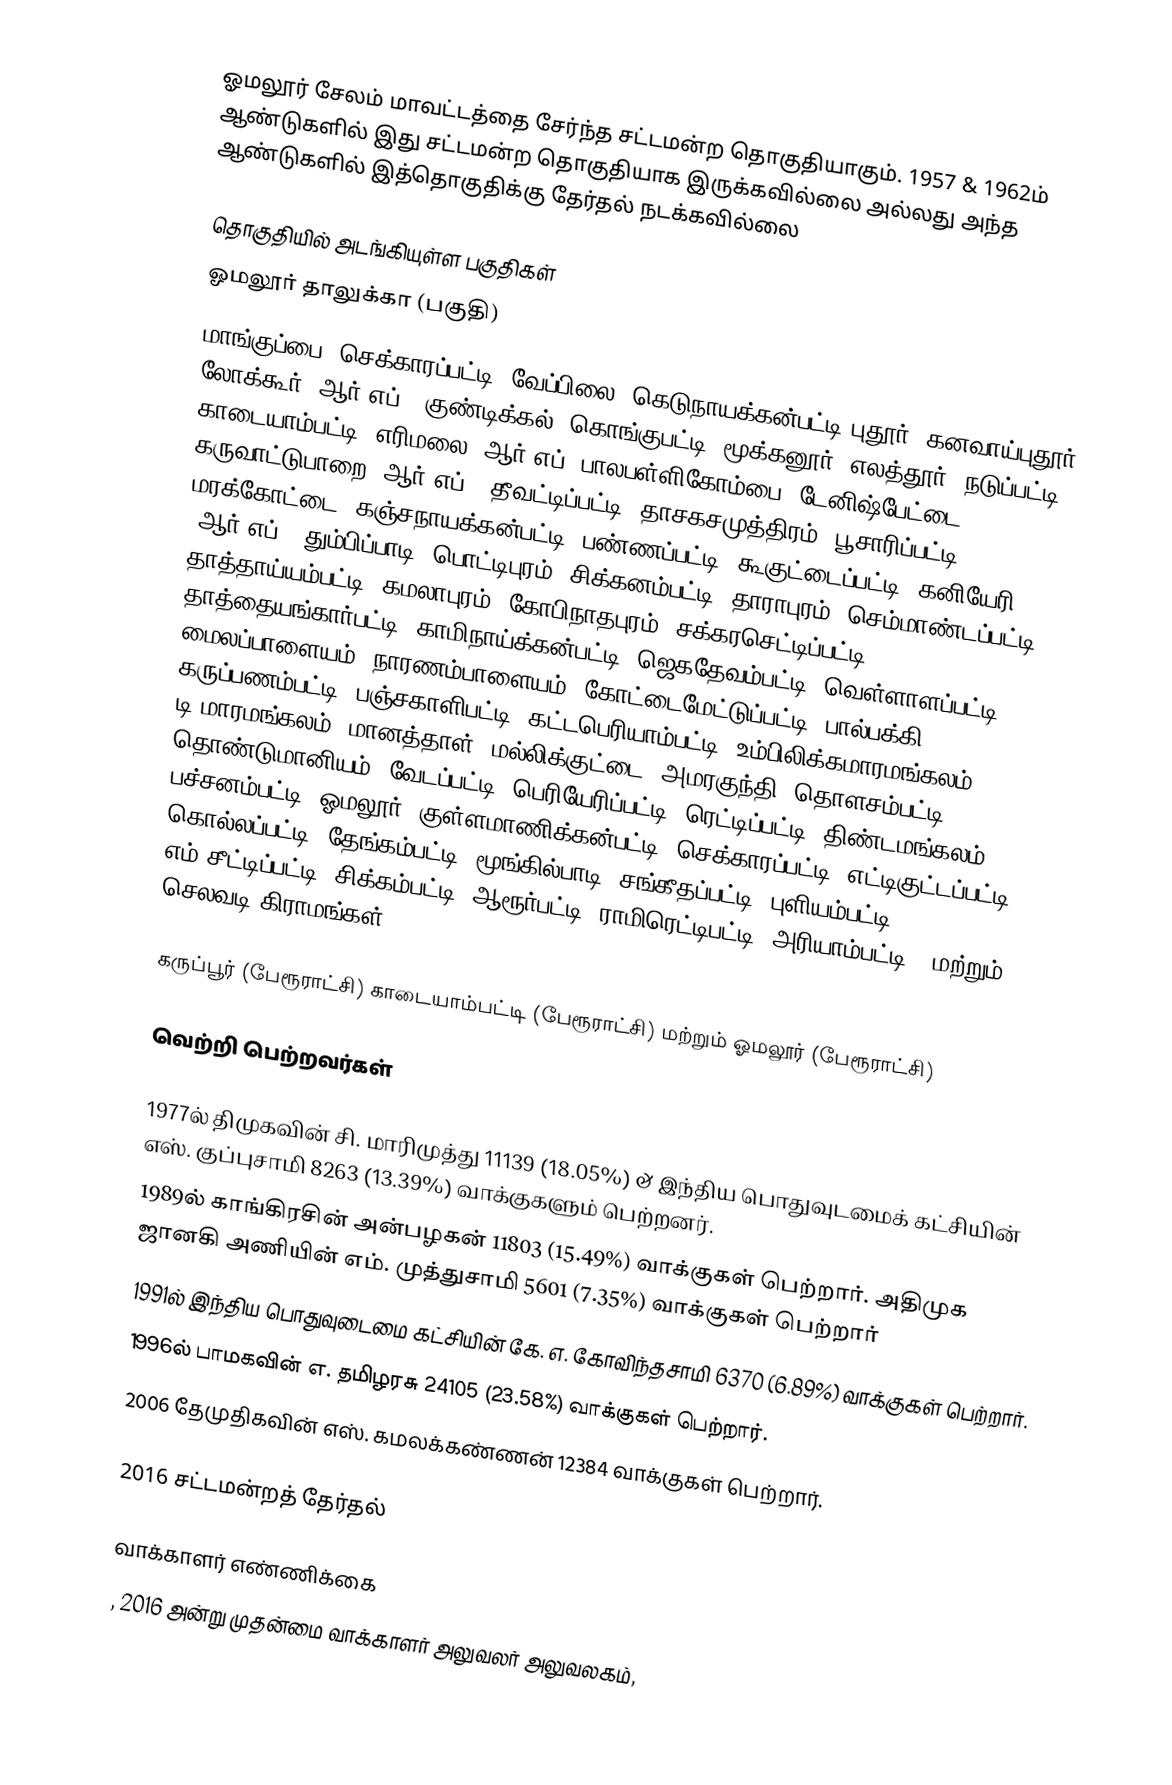
ஓமலூர் சேலம் மாவட்டத்தை சேர்ந்த சட்டமன்ற தொகுதியாகும். 1957 & 1962ம் ஆண்டுகளில் இது சட்டமன்ற தொகுதியாக இருக்கவில்லை அல்லது அந்த ஆண்டுகளில் இத்தொகுதிக்கு தேர்தல் நடக்கவில்லை

தொகுதியில் அடங்கியுள்ள பகுதிகள்
ஓமலூர் தாலுக்கா (பகுதி)
மாங்குப்பை. செக்காரப்பட்டி, வேப்பிலை, கெடுநாயக்கன்பட்டி புதூர், கனவாய்புதூர், லோக்கூர் (ஆர்.எப்), குண்டிக்கல், கொங்குபட்டி, மூக்கனூர், எலத்தூர், நடுப்பட்டி, காடையாம்பட்டி, எரிமலை (ஆர்.எப்) பாலபள்ளிகோம்பை, டேனிஷ்பேட்டை, கருவாட்டுபாறை (ஆர்.எப்), தீவட்டிப்பட்டி, தாசகசமுத்திரம், பூசாரிப்பட்டி, மரக்கோட்டை, கஞ்சநாயக்கன்பட்டி, பண்ணப்பட்டி, கூகுட்டைப்பட்டி, கனியேரி (ஆர்.எப்), தும்பிப்பாடி, பொட்டிபுரம், சிக்கனம்பட்டி, தாராபுரம், செம்மாண்டப்பட்டி, தாத்தாய்யம்பட்டி, கமலாபுரம், கோபிநாதபுரம், சக்கரசெட்டிப்பட்டி, தாத்தையங்கார்பட்டி, காமிநாய்க்கன்பட்டி, ஜெகதேவம்பட்டி, வெள்ளாளப்பட்டி, மைலப்பாளையம், நாரணம்பாளையம், கோட்டைமேட்டுப்பட்டி, பால்பக்கி, கருப்பணம்பட்டி, பஞ்சகாளிபட்டி, கட்டபெரியாம்பட்டி, உம்பிலிக்கமாரமங்கலம், டி.மாரமங்கலம், மானத்தாள், மல்லிக்குட்டை, அமரகுந்தி, தொளசம்பட்டி, தொண்டுமானியம், வேடப்பட்டி, பெரியேரிப்பட்டி, ரெட்டிப்பட்டி, திண்டமங்கலம், பச்சனம்பட்டி, ஓமலூர், குள்ளமாணிக்கன்பட்டி, செக்காரப்பட்டி, எட்டிகுட்டப்பட்டி, கொல்லப்பட்டி, தேங்கம்பட்டி, மூங்கில்பாடி, சங்கீதப்பட்டி, புளியம்பட்டி, எம்.சீட்டிப்பட்டி, சிக்கம்பட்டி, ஆரூர்பட்டி, ராமிரெட்டிபட்டி, அரியாம்பட்டி,) மற்றும் செலவடி கிராமங்கள்.

கருப்பூர் (பேரூராட்சி) காடையாம்பட்டி (பேரூராட்சி) மற்றும் ஓமலூர் (பேரூராட்சி)

வெற்றி பெற்றவர்கள்

1977ல் திமுகவின் சி. மாரிமுத்து 11139 (18.05%) & இந்திய பொதுவுடமைக் கட்சியின் எஸ். குப்புசாமி 8263 (13.39%) வாக்குகளும் பெற்றனர்.
1989ல் காங்கிரசின் அன்பழகன்   11803 (15.49%) வாக்குகள் பெற்றார். அதிமுக ஜானகி அணியின் எம். முத்துசாமி 5601 (7.35%) வாக்குகள் பெற்றார்
1991ல் இந்திய பொதுவுடைமை கட்சியின் கே. எ. கோவிந்தசாமி 6370 (6.89%) வாக்குகள் பெற்றார்.
1996ல் பாமகவின் எ. தமிழரசு 24105 (23.58%) வாக்குகள் பெற்றார்.
2006 தேமுதிகவின் எஸ். கமலக்கண்ணன் 12384 வாக்குகள் பெற்றார்.

2016 சட்டமன்றத் தேர்தல்

வாக்காளர் எண்ணிக்கை
, 2016 அன்று முதன்மை வாக்காளர் அலுவலர் அலுவலகம்,